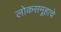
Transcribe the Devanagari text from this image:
लोकसमूहाचे